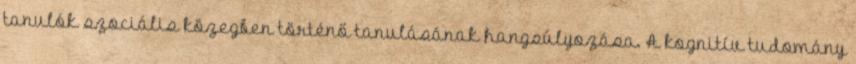
tanulók szociális közegben történő tanulásának hangsúlyozása. A kognitív tudomány